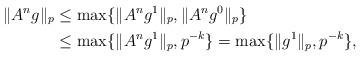
LaTeX: \begin{align*}\| A^{n} g\|_p & \leq \max \{ \| A^{n}g^1\|_p,\| A^{n}g^0\|_p\} \\ & \leq \max \{ \| A^{n}g^1\|_p,p^{-k}\} = \max \{ \| g^1\|_p,p^{-k}\}, \end{align*}